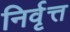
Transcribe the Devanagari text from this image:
निर्वृत्त